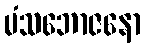
မံသဘောဇနော